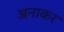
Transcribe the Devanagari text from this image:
अनाकर